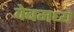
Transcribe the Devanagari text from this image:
वेबमध्ये